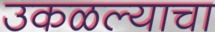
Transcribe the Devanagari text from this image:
उकळल्याचा